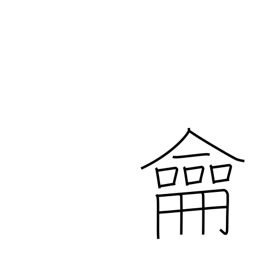
Meaning: flute